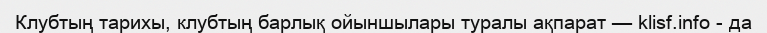
Клубтың тарихы, клубтың барлық ойыншылары туралы ақпарат — klisf.info - да